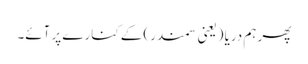
پھر ہم دریا (یعنی سمندر) کے کنارے پر آئے۔